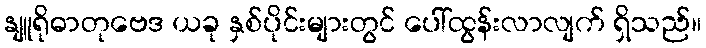
နျူရိုဓာတုဗေဒ ယခု နှစ်ပိုင်းများတွင် ပေါ်ထွန်းလာလျက် ရှိသည်။